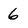
Character: 6